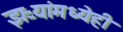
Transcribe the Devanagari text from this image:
झऱ्यांमध्येही